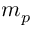
m _ { p }